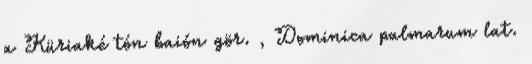
a Küriaké tón baión gör. , Dominica palmarum lat.